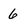
Character: 6